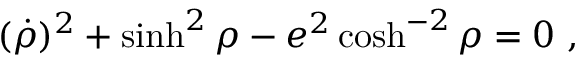
( \dot { \rho } ) ^ { 2 } + \sinh ^ { 2 } \rho - e ^ { 2 } \cosh ^ { - 2 } \rho = 0 \ ,